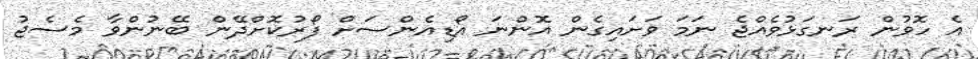
އެ ހޮވުން ރަނގަޅުވެއްޖެ ނަމަ ވަށައިގެން އޮންނަ އޯޑިއެންސަށް ފޯރުކޮށްދޭން ބޭނުންވާ މެސެޖު